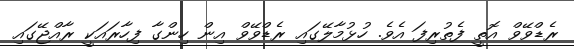
ރެޑްވޭވް އޮތީ ފެތުރިފަ އެވެ. ހުޅުމާލޭގައި ރެޑްވޭވް އިން ހިންގާ ފިހާރައަކީ ރާއްޖޭގައި